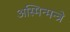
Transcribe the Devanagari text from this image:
अस्मिन्मन्त्रे